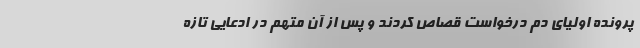
پرونده اولیای دم درخواست قصاص کردند و پس از آن متهم در ادعایی تازه